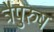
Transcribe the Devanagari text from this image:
त्रैपुरुष